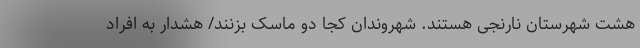
هشت شهرستان نارنجی هستند. شهروندان کجا دو ماسک بزنند/ هشدار به افراد